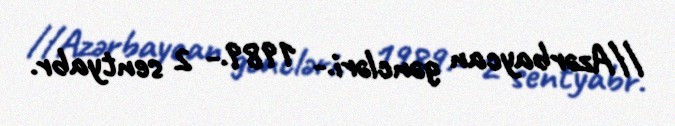
//Azərbaycan gəncləri.- 1989.- 2 sentyabr.